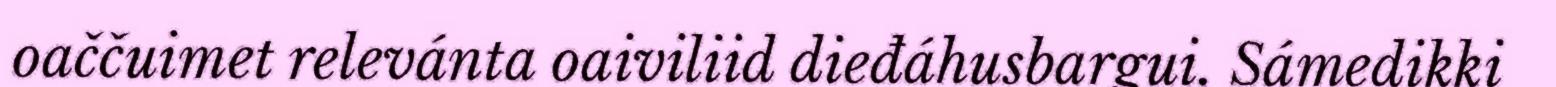
oaččuimet relevánta oaiviliid dieđáhusbargui. Sámedikki